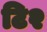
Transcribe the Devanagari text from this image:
टि२